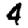
Digit: 4